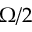
\Omega / 2